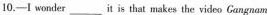
10.—I wonder___ it is that makes the video Gangnam